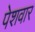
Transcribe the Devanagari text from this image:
पेशवार